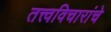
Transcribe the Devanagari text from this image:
तत्त्वविचारांचे